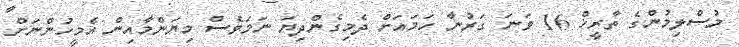
މުސްލިމުންގެ ތާރީޚް 16 ވަނަ ގަރުނާ ހަމައަށް ދެމިގެންދިޔަ ނަމަވެސް މިޔަންމާއިން އެމީހުންނަށް